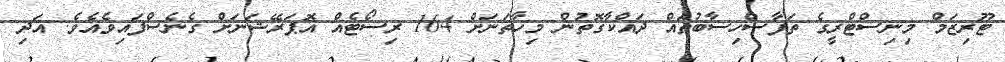
ޓޫރިޒަމް މިނިސްޓްރީގެ ތަފާސްހިސާބުތައް ދައްކާގޮތުން މިހާތަނަށް 164 ރިސޯޓެއް އޮޕަރޭޝަނަށް ގެނެސްފައިވެއެވެ. އަދި